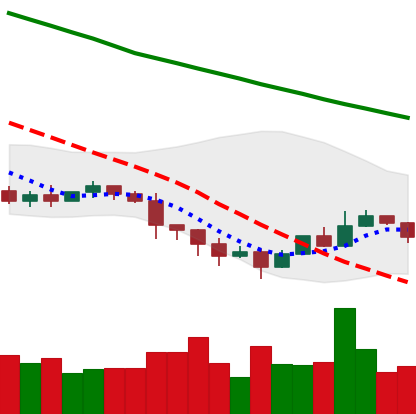
Ticker: ETC-USD
Chart end date: 2022-01-17
Forward return: -22.101%
Label: down_7plus